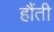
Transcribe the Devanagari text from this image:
हौंती